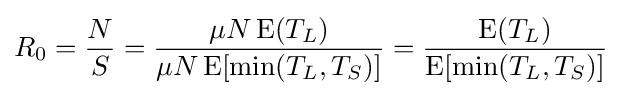
R_{0}={\frac {N}{S}}={\frac {\mu N\operatorname {E} (T_{L})}{\mu N\operatorname {E} [\min(T_{L},T_{S})]}}={\frac {\operatorname {E} (T_{L})}{\operatorname {E} [\min(T_{L},T_{S})]}}